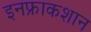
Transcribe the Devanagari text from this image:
इनफ्राकशान